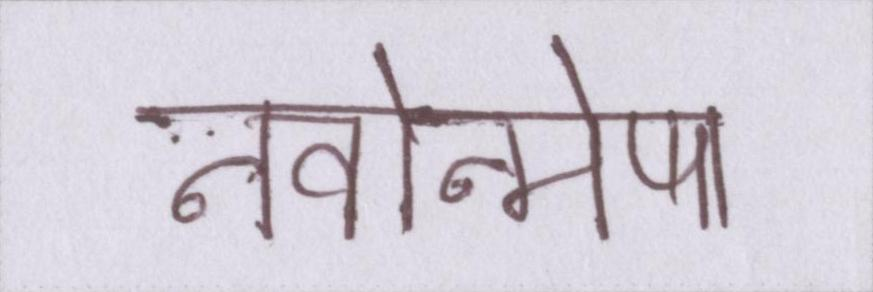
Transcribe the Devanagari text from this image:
नवोन्मेष